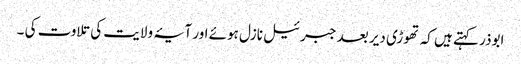
ابوذر کہتے ہیں کہ تھوڑی دیر بعد جبرئیل نازل ہوئے اور آیۂ ولایت کی تلاوت کی ۔